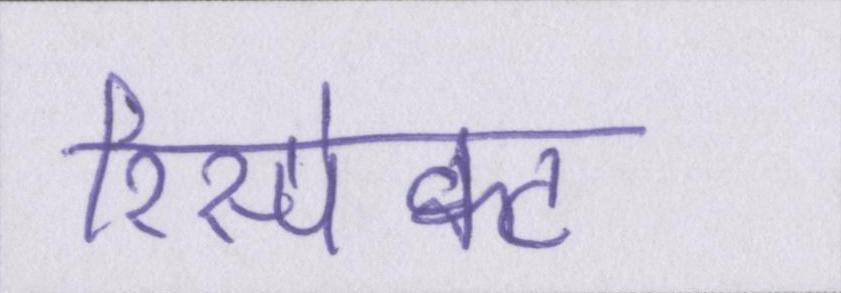
रिस्पेक्ट